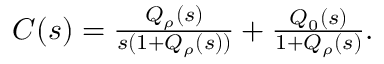
\begin{array} { r } { C ( s ) = \frac { Q _ { \rho } ( s ) } { s ( 1 + Q _ { \rho } ( s ) ) } + \frac { Q _ { 0 } ( s ) } { 1 + Q _ { \rho } ( s ) } . } \end{array}